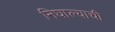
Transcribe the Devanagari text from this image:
निघाल्याची